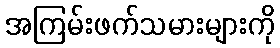
အကြမ်းဖက်သမားများကို